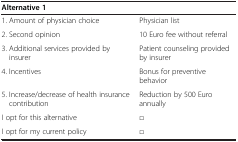
<table><thead><tr><td colspan="2"><b>Alternative 1</b></td></tr></thead><tbody><tr><td>1. Amount of physician choice</td><td>Physician list</td></tr><tr><td>2. Second opinion</td><td>10 Euro fee without referral</td></tr><tr><td>3. Additional services provided by insurer</td><td>Patient counseling provided by insurer</td></tr><tr><td>4. Incentives</td><td>Bonus for preventive behavior</td></tr><tr><td>5. Increase/decrease of health insurance contribution</td><td>Reduction by 500 Euro annually</td></tr><tr><td>I opt for this alternative</td><td>□</td></tr><tr><td>I opt for my current policy</td><td>□</td></tr></tbody></table>